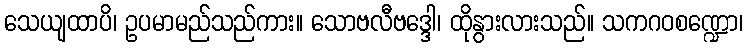
သေယျထာပိ၊ ဥပမာမည်သည်ကား။ သောဗလီဗဒ္ဒေါ၊ ထိုနွားလားသည်။ သကဂဝစဏ္ဍော၊